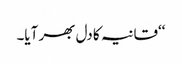
‘‘قانیہ کا دل بھر آیا۔